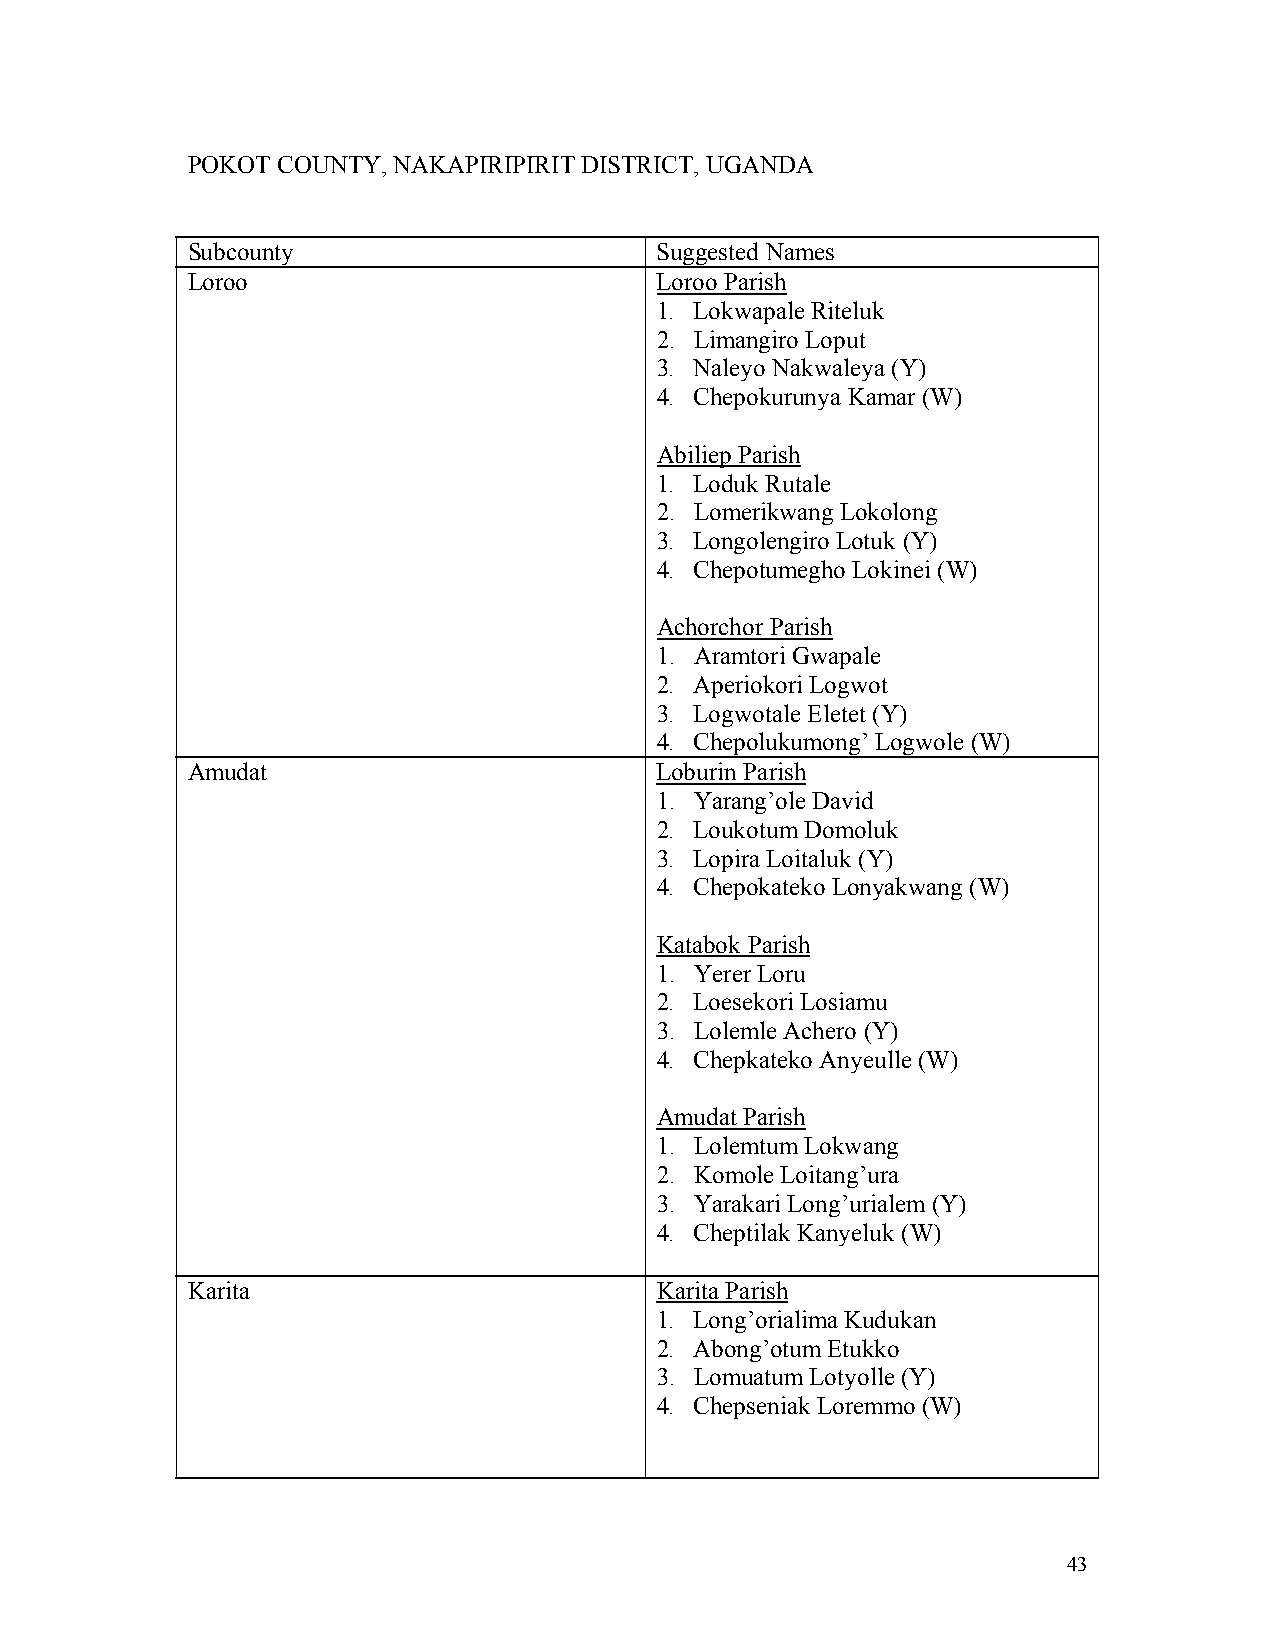
POKOT COUNTY, NAKAPIRIPIRIT DISTRICT, UGANDA
 Subcounty                      Suggested Names
 Loroo                          Loroo Parish
 1. Lokwapale Riteluk
 2. Limangiro Loput
 3. Naleyo Nakwaleya (Y)
 4. Chepokurunya Kamar (W)
 Abiliep Parish
 1. Loduk Rutale
 2. Lomerikwang Lokolong
 3. Longolengiro Lotuk (Y)
 4. Chepotumegho Lokinei (W)
 Achorchor Parish
 1. Aramtori Gwapale
 2. Aperiokori Logwot
 3. Logwotale Eletet (Y)
 4. Chepolukumong’ Logwole (W)
 Amudat                         Loburin Parish
 1. Yarang’ole David
 2. Loukotum Domoluk
 3. Lopira Loitaluk (Y)
 4. Chepokateko Lonyakwang (W)
 Katabok Parish
 1. Yerer Loru
 2. Loesekori Losiamu
 3. Lolemle Achero (Y)
 4. Chepkateko Anyeulle (W)
 Amudat Parish
 1. Lolemtum Lokwang
 2. Komole Loitang’ura
 3. Yarakari Long’urialem (Y)
 4. Cheptilak Kanyeluk (W)
 Karita                         Karita Parish
 1. Long’orialima Kudukan
 2. Abong’otum Etukko
 3. Lomuatum Lotyolle (Y)
 4. Chepseniak Loremmo (W)
 43